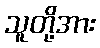
သူတို့အား